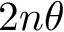
2 n \theta